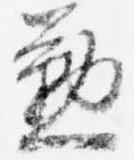
懃